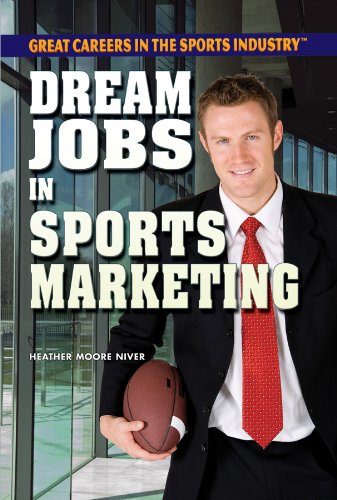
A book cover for Dream Jobs in Sports Marketing (Great Careers in the Sports Industry (Rosen)); Heather Moore Niver; Teen & Young Adult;